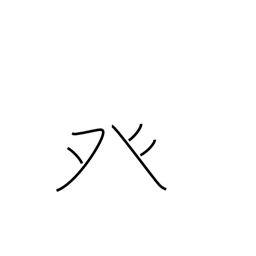
Meaning: dotted tent radical (no. 105)